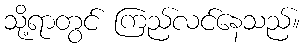
သို့ရာတွင် ကြည်လင်နေသည်။